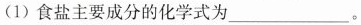
(1)食盐主要成分的化学式为___。